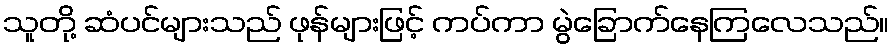
သူတို့ ဆံပင်များသည် ဖုန်များဖြင့် ကပ်ကာ မွဲခြောက်နေကြလေသည်။